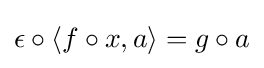
\epsilon \circ \langle f\circ x,a\rangle =g\circ a